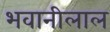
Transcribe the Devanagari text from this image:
भवानीलाल